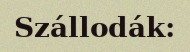
Szállodák: